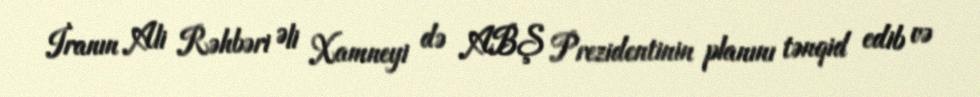
İranın Ali Rəhbəri Əli Xamneyi də ABŞ Prezidentinin planını tənqid edib və